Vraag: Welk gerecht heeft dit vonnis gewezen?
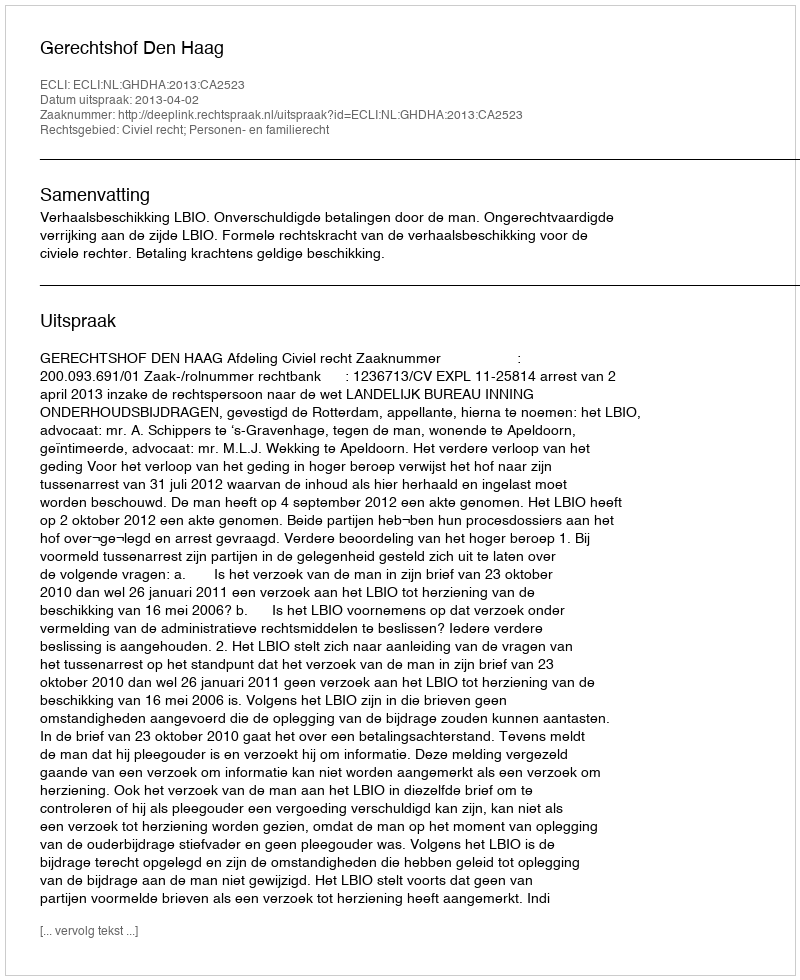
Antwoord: Gerechtshof Den Haag